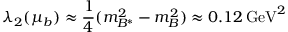
\lambda _ { 2 } ( \mu _ { b } ) \approx \frac { 1 } { 4 } ( m _ { B ^ { * } } ^ { 2 } - m _ { B } ^ { 2 } ) \approx 0 . 1 2 \, \mathrm { G e V } ^ { 2 }